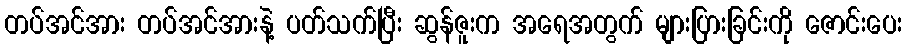
တပ်အင်အား တပ်အင်အားနဲ့ ပတ်သက်ပြီး ဆွန်ဇူးက အရေအတွက် များပြားခြင်းကို ဇောင်းပေး